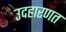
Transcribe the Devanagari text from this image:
उदहारणत